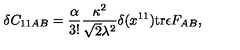
\delta C _ { 1 1 A B } = { \frac { \alpha } { 3 ! } } { \frac { \kappa ^ { 2 } } { \sqrt { 2 } \lambda ^ { 2 } } } \delta ( x ^ { 1 1 } ) \mathrm { t r } \epsilon F _ { A B } ,